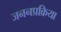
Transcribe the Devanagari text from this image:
जननप्रक्रिया